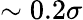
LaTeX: \sim 0.2\sigma